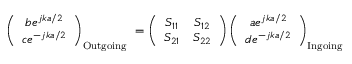
\left( \begin{array} { c } { b e ^ { j k a / 2 } } \\ { c e ^ { - j k a / 2 } } \end{array} \right) _ { \mathrm { O u t g o i n g ~ } } = \left( \begin{array} { c c } { S _ { 1 1 } } & { S _ { 1 2 } } \\ { S _ { 2 1 } } & { S _ { 2 2 } } \end{array} \right) \left( \begin{array} { c } { a e ^ { j k a / 2 } } \\ { d e ^ { - j k a / 2 } } \end{array} \right) _ { \mathrm { I n g o i n g } }